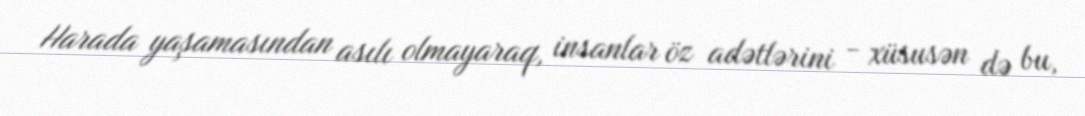
Harada yaşamasından asılı olmayaraq, insanlar öz adətlərini - xüsusən də bu,